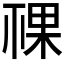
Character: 𥚌